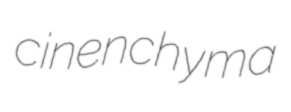
cinenchyma